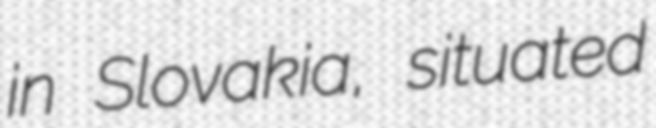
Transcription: in Slovakia, situated